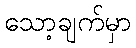
သော့ချက်မှာ